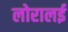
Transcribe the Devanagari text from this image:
लोरालई